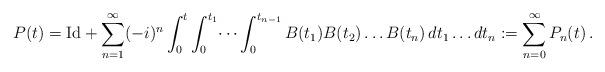
LaTeX: \begin{align*} P(t) = \mathrm{Id} + \sum _{n=1}^\infty (-i)^n \int _0^t \int _0^{t_1} \dots \int _0^{t_{n-1}} B(t_1) B(t_2) \dots B(t_n) \, dt_1 \dots dt_n := \sum _{n=0}^\infty P_n(t) \, .\end{align*}